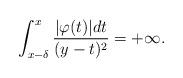
LaTeX: \begin{align*}\int_{x-\delta}^{x}\frac{\vert \varphi(t)\vert dt}{(y-t)^2}=+\infty.\end{align*}